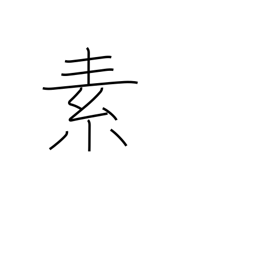
Meaning: principle